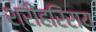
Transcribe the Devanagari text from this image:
श्रीहरिराय